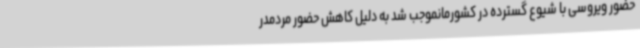
حضور ویروسی با شیوع گسترده در کشورمانموجب شد به دلیل کاهش حضور مردمدر